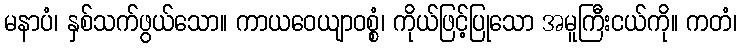
မနာပံ၊ နှစ်သက်ဖွယ်သော။ ကာယဝေယျာဝစ္စံ၊ ကိုယ်ဖြင့်ပြုသော အမူကြီးငယ်ကို။ ကတံ၊